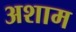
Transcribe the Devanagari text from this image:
अशाम